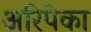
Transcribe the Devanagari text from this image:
अरिपेका